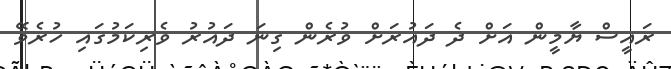
ރައީސް ޔާމީން އަށް ދެ ދައުރަށް ވުރެން ގިނަ ދައުރު ވެރިކަމުގައި ހުރެވޭ